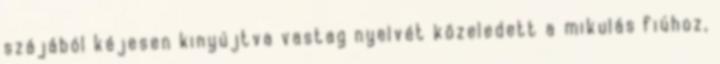
szájából kéjesen kinyújtva vastag nyelvét közeledett a mikulás fiúhoz,